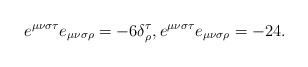
LaTeX: \begin{align*}e^{\mu\nu\sigma\tau}e_{\mu\nu\sigma\rho}=-6\delta_{\rho}^{\tau},e^{\mu\nu\sigma\tau}e_{\mu\nu\sigma\rho}=-24. \end{align*}